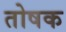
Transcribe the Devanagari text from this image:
तोषक